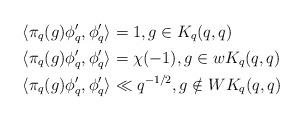
LaTeX: \begin{align*}\langle \pi_q(g) \phi'_q, \phi'_q \rangle & = 1, g \in K_q(q,q) \\\langle \pi_q(g) \phi'_q, \phi'_q \rangle & = \chi(-1), g \in wK_q(q,q) \\\langle \pi_q(g) \phi'_q, \phi'_q \rangle & \ll q^{-1/2}, g \notin W K_q(q,q)\end{align*}